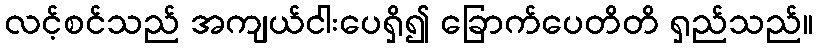
လင့်စင်သည် အကျယ်ငါးပေရှိ၍ ခြောက်ပေတိတိ ရှည်သည်။